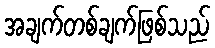
အချက်တစ်ချက်ဖြစ်သည်